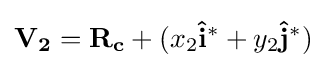
\mathbf {V_{2}} =\mathbf {R_{c}} +(x_{2}\mathbf {{\hat {i}}^{*}} +y_{2}\mathbf {{\hat {j}}^{*}} )